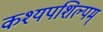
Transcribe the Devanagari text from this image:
कश्यपशिल्पम्